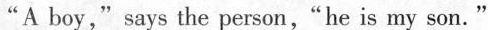
"A boy," says the person,"he is my son."